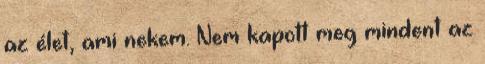
az élet, ami nekem. Nem kapott meg mindent az